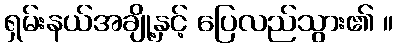
ရှမ်းနယ်အချို့နှင့် ပြေလည်သွား၏ ။